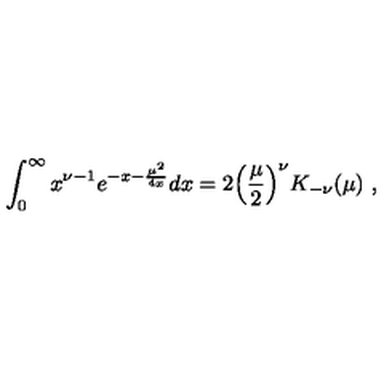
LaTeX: \int _ { 0 } ^ { \infty } x ^ { \nu - 1 } e ^ { - x - { \frac { \mu ^ { 2 } } { 4 x } } } d x = 2 \Big ( { \frac { \mu } { 2 } } \Big ) ^ { \nu } K _ { - \nu } ( \mu ) \ ,